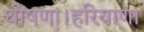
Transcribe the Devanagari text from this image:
घोषणा।हरियाणा